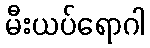
မီးယပ်ရောဂါ